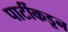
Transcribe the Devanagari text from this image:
पार्टीकडून